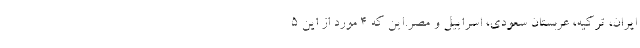
ایران، ترکیه، عربستان سعودی، اسراییل و مصر.این که 4 مورد از این 5